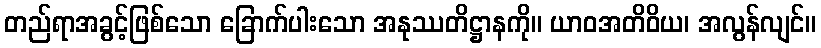
တည်ရာအခွင့်ဖြစ်သော ခြောက်ပါးသော အနုဿတိဋ္ဌာနကို။ ယာဝအတိဝိယ၊ အလွန်လျင်။